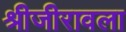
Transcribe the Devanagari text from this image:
श्रीजीरावला